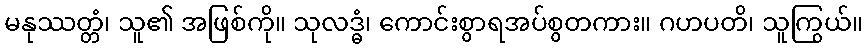
မနုဿတ္တံ၊ သူ၏ အဖြစ်ကို။ သုလဒ္ဓံ၊ ကောင်းစွာရအပ်စွတကား။ ဂဟပတိ၊ သူကြွယ်။